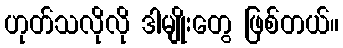
ဟုတ်သလိုလို ဒါမျိုးတွေ ဖြစ်တယ်။